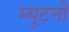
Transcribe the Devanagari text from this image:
म्युटनी